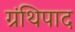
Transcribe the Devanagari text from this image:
ग्रंथिपाद